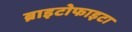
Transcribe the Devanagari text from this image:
ब्राइटोफाइटा